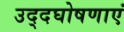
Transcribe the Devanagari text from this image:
उद्दघोषणाएं